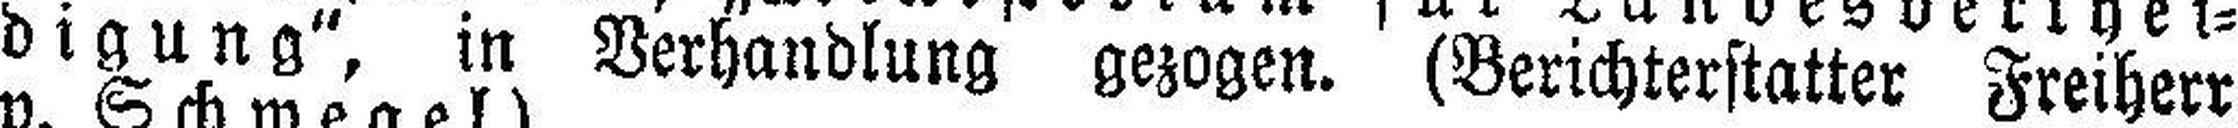
digung", in Verhandlung gezogen. (Berichterstatter Freiherr